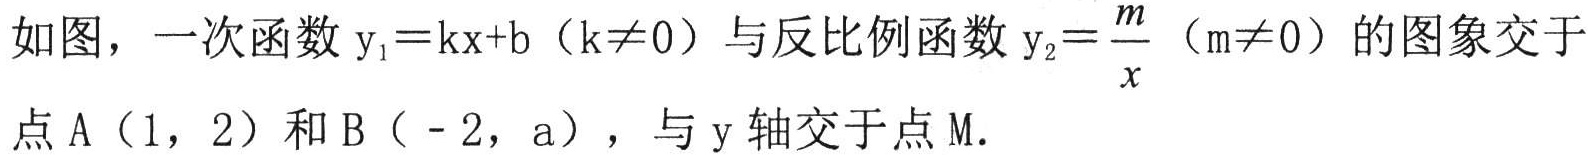
如图，一次函数$\mathrm{y}_{1}=\mathrm{kx}+\mathrm{b}$（$\mathrm{k}\neq0$）与反比例函数$\mathrm{y}_{2}=\frac{\mathrm{m}}{x}$（$\mathrm{m}\neq0$）的图象交于点$\mathrm{A}(1,2)$和$\mathrm{B}(-2,\mathrm{a})$，与$\mathrm{y}$轴交于点$\mathrm{M}.$